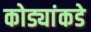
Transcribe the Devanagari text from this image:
कोड्यांकडे